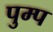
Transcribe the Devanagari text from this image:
पुम्प